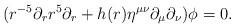
LaTeX: \begin{align*}(r^{-5}\partial_rr^5\partial_r+h(r)\eta^{\mu \nu}\partial_{\mu}\partial_{\nu})\phi=0.\end{align*}